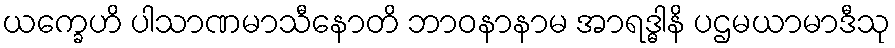
ယက္ခေဟိ ပါသာဏမာသီနောတိ ဘာဝနာနာမ အာရဒ္ဓါနိ ပဌမယာမာဒီသု